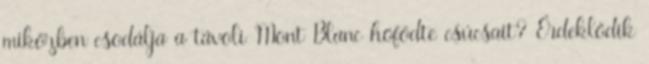
miközben csodálja a távoli Mont Blanc hófödte csúcsait? Érdeklődik